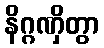
နိဂ္ဂဏှိတွာ